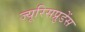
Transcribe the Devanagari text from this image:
ज्यूरिसप्रुडेंस